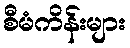
စီမံကိန်းများ